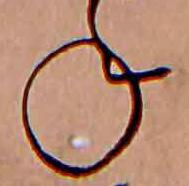
ね